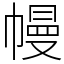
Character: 幔